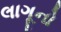
લાગૂનો